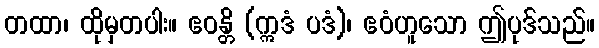
တထာ၊ ထိုမှတပါး။ ဧဝန္တိ (ဣဒံ ပဒံ)၊ ဧဝံဟူသော ဤပုဒ်သည်။